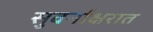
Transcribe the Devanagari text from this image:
सुवर्नाक्षरात